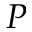
{ \cal P }